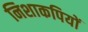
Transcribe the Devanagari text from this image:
निशाकपियों